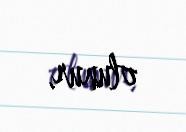
olunur.